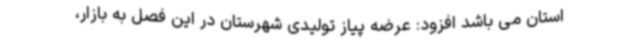
استان می باشد افزود: عرضه پیاز تولیدی شهرستان در این فصل به بازار،